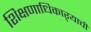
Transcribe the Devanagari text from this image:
शिक्षणाधिकाऱ्याची